Vaccination in the Punjab 1897-1904 - 1897-1904
Year: 1897
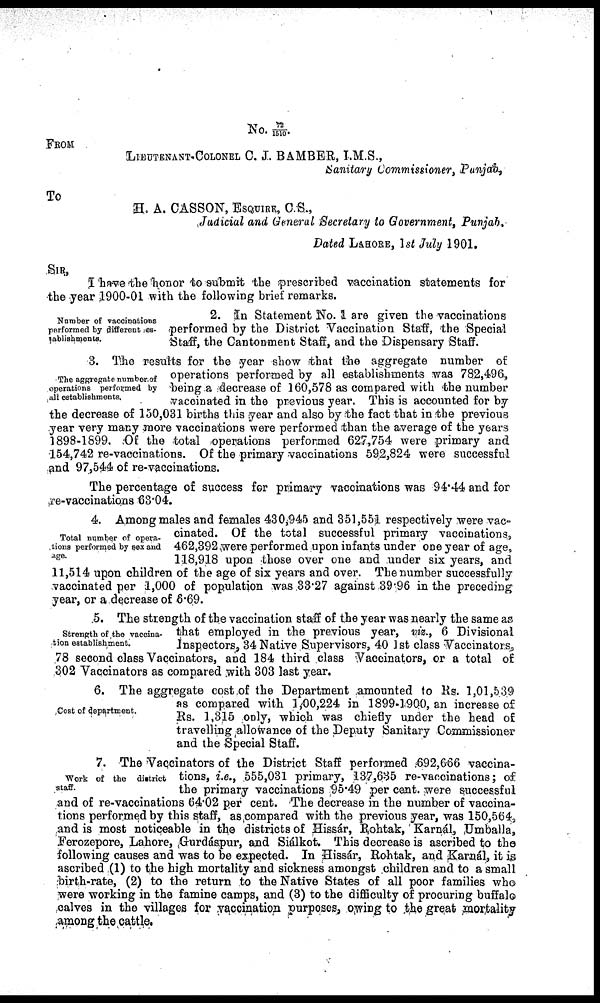
No.72/1510.
FROM
LIEUTENANT-COLONEL C. J. BAMBER, I.M.S.,
Sanitary Commissioner, Punjab,
To
H. A. CASSON, ESQUIRE, C.S.,
Judicial and General Secretary to Government, Punjab,
Dated LAHORE, 1st July 1901.
SIR,
I have the honor to submit the prescribed vaccination statements for
the year 1900-01 with the following brief remarks.
Number of vaccinations
performed by different es-
tablishments.
2. In Statement No. 1 are given the vaccinations
performed by the District Vaccination Staff, the Special
Staff, the Cantonment Staff, and the Dispensary Staff.
The aggregate number of
operations performed by
all establishments.
3. The results for the year show that the aggregate number of
operations performed by all establishments was 782,496,
being a decrease of 160,578 as compared with the number
vaccinated in the previous year. This is accounted for by
the decrease of 150,031 births this year and also by the fact that in the previous
year very many more vaccinations were performed than the average of the years
1898-1899. Of the total operations performed 627,754 were primary and
154,742 re-vaccinations. Of the primary vaccinations 592,824 were successful
and 97,544 of re-vaccinations.
The percentage of success for primary vaccinations was 94.44 and for
re-vaccinations 63.04.
Total number of opera-
tions performed by sex and
Age.
4. Among males and females 430,945 and 351,551 respectively were vac-
cinated. Of the total successful primary vaccinations,
462,392 were performed upon infants under one year of age,
118,918 upon those over one and under six years, and
11,514 upon children of the age of six years and over. The number successfully
vaccinated per 1,000 of population was 33.27 against 39.96 in the preceding
year, or a decrease of 6.69.
Strength of the vaccina-
tion establishment.
5. The strength of the vaccination staff of the year was nearly the same as
that employed in the previous year, viz., 6 Divisional
Inspectors, 34 Native Supervisors, 40 1st class Vaccinators,
78 second class Vaccinators, and 184 third class Vaccinators, or a total of
302 Vaccinators as compared with 303 last year.
Cost of department.
6. The aggregate cost of the Department amounted to Rs. 1,01,539
as compared with 1,00,224 in 1899-1900, an increase of
Rs. 1,315 only, which was chiefly under the head of
travelling allowance of the Deputy Sanitary Commissioner
and the Special Staff.
Work of the district
staff.
7. The Vaccinators of the District Staff performed .692,666 vaccina-
tions, i.e., 555,031 primary, 137,635 re-vaccinations; of
the primary vaccinations 95.49 per cent. were successful
and of re-vaccinations 64.02 per cent. The decrease in the number of vaccina-
tions performed by this staff, as compared with the previous year, was 150,564,
and is most noticeable in the districts of Hissár, Rohtak, Karnál, Umballa,
Ferozepore, Lahore, Gurdáspur, and Siálkot. This decrease is ascribed to the
following causes and was to be expected. In Hissár, Rohtak, and Karnál, it is
ascribed (1) to the high mortality and sickness amongst children and to a small
birth-rate, (2) to the return to the Native States of all poor families who
were working in the famine camps, and (3) to the difficulty of procuring buffalo
calves in the villages for vaccination purposes, owing to the great mortality
among the cattle.